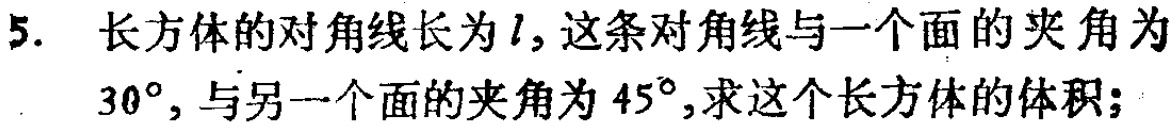
5. 长方体的对角线长为\(l\)，这条对角线与一个面的夹角为\(30^{\circ}\)，与另一个面的夹角为\(45^{\circ}\)，求这个长方体的体积；